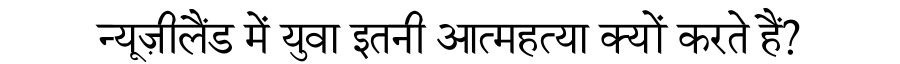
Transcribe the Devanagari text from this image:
न्यूज़ीलैंड में युवा इतनी आत्महत्या क्यों करते हैं?